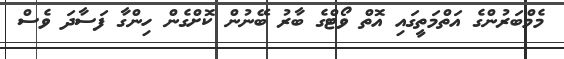
މެމްބަރުންގެ އަތްމަތީގައި އޮތް ވޯޓްގެ ބާރު ބޭނުން ކޮށްގެން ހިންގާ ފަސާދަ ވެސް